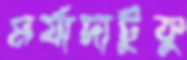
মর্যাদাটুকু